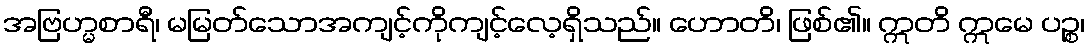
အဗြဟ္မစာရီ၊ မမြတ်သောအကျင့်ကိုကျင့်လေ့ရှိသည်။ ဟောတိ၊ ဖြစ်၏။ ဣတိ ဣမေ ပဉ္စ၊